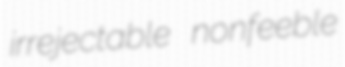
irrejectable nonfeeble